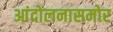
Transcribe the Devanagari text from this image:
आंदोलनासमोर